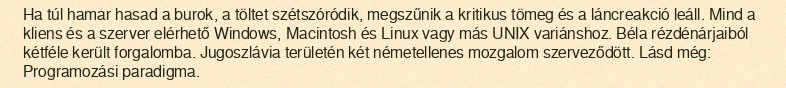
Ha túl hamar hasad a burok, a töltet szétszóródik, megszűnik a kritikus tömeg és a láncreakció leáll. Mind a kliens és a szerver elérhető Windows, Macintosh és Linux vagy más UNIX variánshoz. Béla rézdénárjaiból kétféle került forgalomba. Jugoszlávia területén két németellenes mozgalom szerveződött. Lásd még: Programozási paradigma.